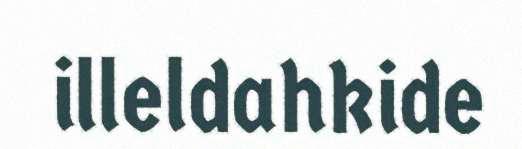
illeldahkide